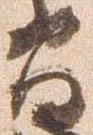
間